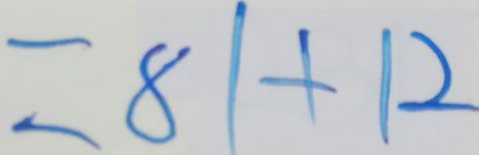
= 8 1 + 1 2